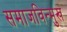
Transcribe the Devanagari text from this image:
समाजविन्मुख